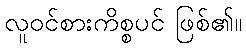
လူဝင်စားကိစ္စပင် ဖြစ်၏။